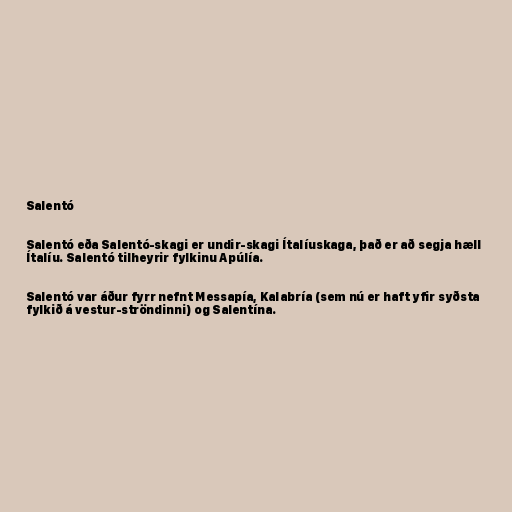
Salentó

Salentó eða Salentó-skagi er undir-skagi Ítalíuskaga, það er að segja hæll
Ítalíu. Salentó tilheyrir fylkinu Apúlía.

Salentó var áður fyrr nefnt Messapía, Kalabría (sem nú er haft yfir syðsta
fylkið á vestur-ströndinni) og Salentína.